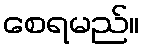
စေရမည်။